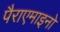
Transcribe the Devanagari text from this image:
पैराएमाइनो